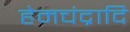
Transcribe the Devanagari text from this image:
हेमचंद्रादि